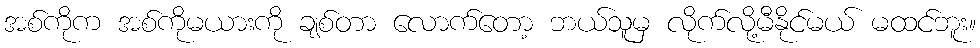
အစ်ကိုက အစ်ကိုမယားကို ချစ်တာ လောက်တော့ ဘယ်သူမှ လိုက်လို့မီနိုင်မယ် မထင်ဘူး။